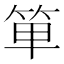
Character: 𥭆